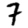
Digit: 7